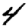
Digit: 4